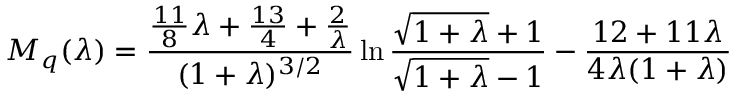
M _ { q } ( \lambda ) = { \frac { { \frac { 1 1 } { 8 } } \lambda + { \frac { 1 3 } { 4 } } + { \frac { 2 } { \lambda } } } { ( 1 + \lambda ) ^ { 3 / 2 } } } \ln { \frac { \sqrt { 1 + \lambda } + 1 } { \sqrt { 1 + \lambda } - 1 } } - { \frac { 1 2 + 1 1 \lambda } { 4 \lambda ( 1 + \lambda ) } }